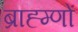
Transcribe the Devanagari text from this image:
ब्राह्म्णों